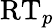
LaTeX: \mathrm{RT}_{p}